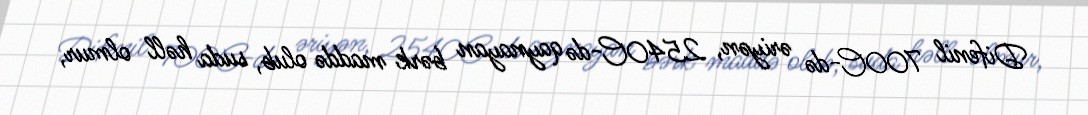
Difenil 700C-də əriyən, 2540C-də qaynayan bərk maddə olub, suda həll olmur,